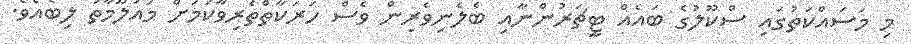
މި މަސައްކަތުގައި ސްކޫލުގެ ބައެއް ޓީޗަރުންނާއި ބެލެނިވެރިން ވެސް ހަރަކާތްތެރިވާކަމަށް މައުލޫމާތު ލިބެއެވެ.